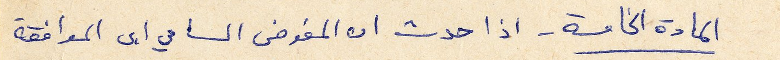
المادة الخامسة - اذا حدث ان المفوض السامي ابى الموافقة